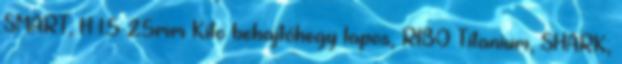
SMART; H 1.5×25mm Kito behajtóhegy lapos, RIBO Titanium, SHARK;